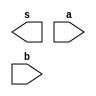
// -------------------------
// Exemplo0031 - F4
// Nome: Flavio Andrade Amaral Motta
// -------------------------
// -------------------------
//  f4_gate
// -------------------------
module f4 (output [3:0] s,
                    input  [3:0] a,
                    input  [3:0] b);
// descrever por portas
endmodule // f4
module test_f4;
// ------------------------- definir dados
       reg  [3:0] x;
reg  [3:0] y;
wire [3:0] z;
f4 modulo (z, x, y);
// ------------------------- parte principal
   initial begin
      $display("Exemplo0031 - Flavio A A Motta - 392001");
      $display("Test LU's module");
x = 4'b0011;      y = 4'b0101;
   // projetar testes do modulo
#1 $display("%3b %3b %3b",x,y,z);
end
endmodule // test_f4